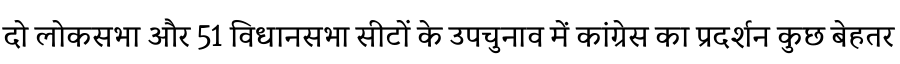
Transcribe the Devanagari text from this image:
दो लोकसभा और 51 विधानसभा सीटों के उपचुनाव में कांग्रेस का प्रदर्शन कुछ बेहतर